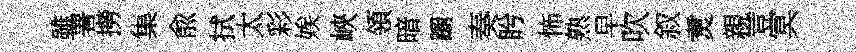
雖署撈集兪拭太彩娭峽領暗蹰奏盻怖熟早吹叙煑親荳冥